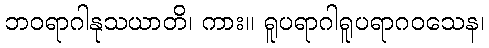
ဘဝရာဂါနုသယာတိ၊ ကား။ ရူပရာဂါရူပရာဂဝသေန၊